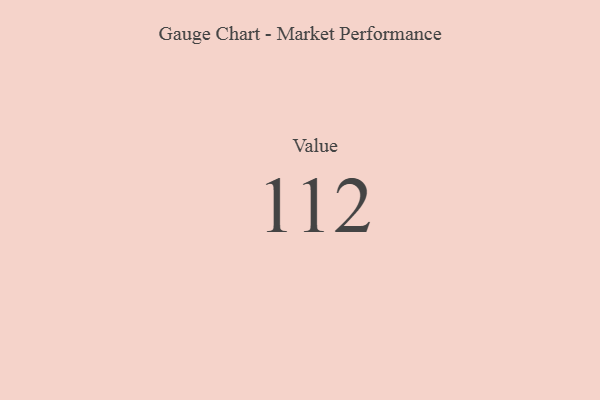
{"axis": {"x": "Metric", "y": "Value"}, "legend": [""], "data": [{"x": "Value", "y": 112, "type": ""}]}